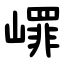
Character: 嶵